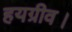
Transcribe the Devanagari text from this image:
हयग्रीव।